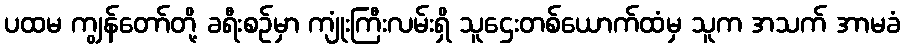
ပထမ ကျွန်တော်တို့ ခရီးစဉ်မှာ ကျုံးကြီးလမ်းရှိ သူဌေးတစ်ယောက်ထံမှ သူက အသက် အာမခံ